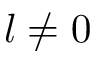
l \ne 0